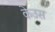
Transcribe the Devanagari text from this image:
केउस